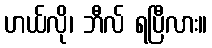
ဟယ်လို၊ ဘီလ် ရပြီလား။